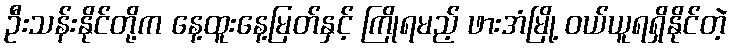
ဦးသန်းနိုင်တို့က နေ့ထူးနေ့မြတ်နှင့် ကြိုရမည့် ဖားအံမြို့ ဝယ်ယူရရှိနိုင်တဲ့